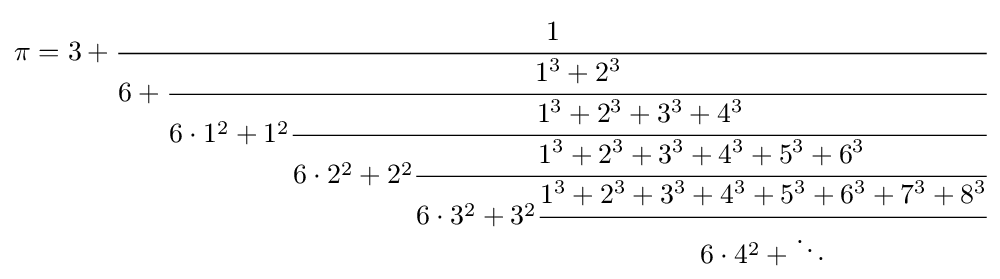
\pi =3+{\cfrac {1}{6+{\cfrac {1^{3}+2^{3}}{6\cdot 1^{2}+1^{2}{\cfrac {1^{3}+2^{3}+3^{3}+4^{3}}{6\cdot 2^{2}+2^{2}{\cfrac {1^{3}+2^{3}+3^{3}+4^{3}+5^{3}+6^{3}}{6\cdot 3^{2}+3^{2}{\cfrac {1^{3}+2^{3}+3^{3}+4^{3}+5^{3}+6^{3}+7^{3}+8^{3}}{6\cdot 4^{2}+\ddots }}}}}}}}}}